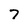
Character: 7